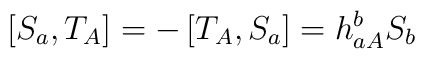
\left[ S_{a},T_{A}\right] =-\left[ T_{A},S_{a}\right] =h_{aA}^{b}S_{b}